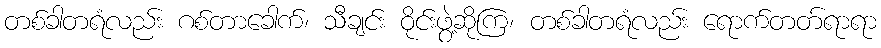
တစ်ခါတရံလည်း ဂစ်တာခေါက်၊ သီချင်း ဝိုင်းဖွဲ့ဆိုကြ၊ တစ်ခါတရံလည်း ရောက်တတ်ရာရာ